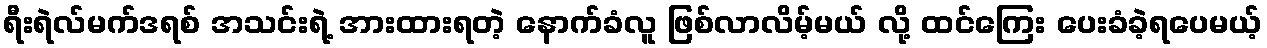
ရီးရဲလ်မက်ဒရစ် အသင်းရဲ့ အားထားရတဲ့ နောက်ခံလူ ဖြစ်လာလိမ့်မယ် လို့ ထင်ကြေး ပေးခံခဲ့ရပေမယ့်